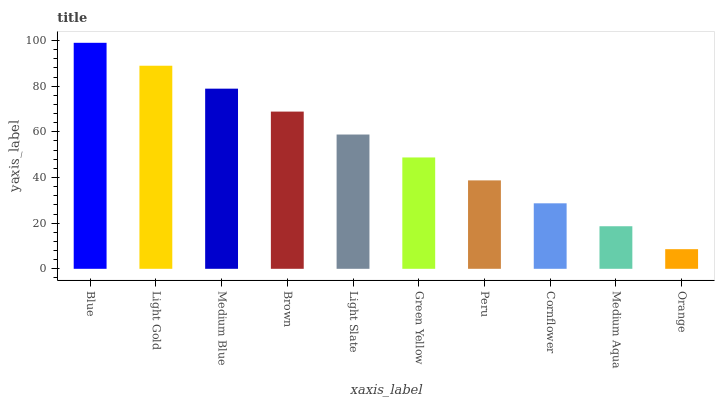
| xaxis_label | bars |
 | --- | --- |
 | Blue | 99 |
 | Light Gold | 89 |
 | Medium Blue | 78.9 |
 | Brown | 68.9 |
 | Light Slate | 58.8 |
 | Green Yellow | 48.8 |
 | Peru | 38.7 |
 | Cornflower | 28.7 |
 | Medium Aqua | 18.6 |
 | Orange | 8.6 |